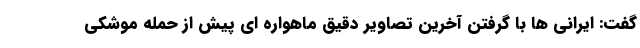
گفت: ایرانی ها با گرفتن آخرین تصاویر دقیق ماهواره ای پیش از حمله موشکی